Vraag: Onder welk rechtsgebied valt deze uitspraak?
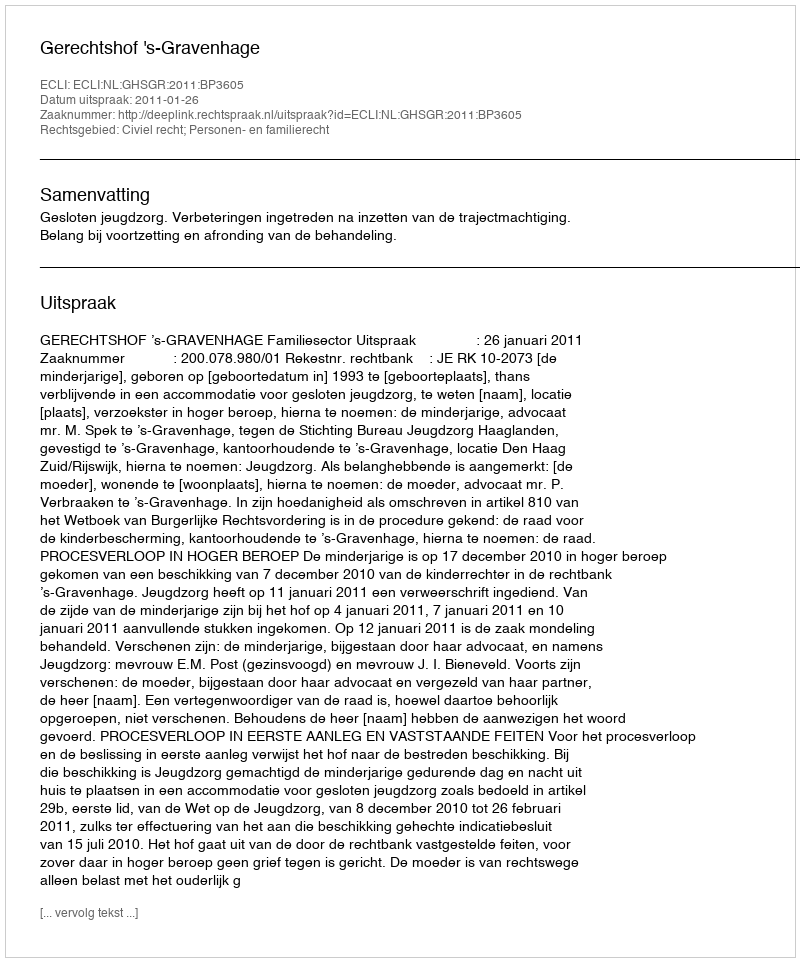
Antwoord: Civiel recht; Personen- en familierecht